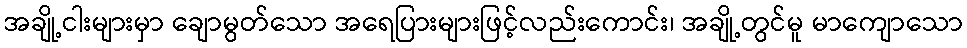
အချို့ငါးများမှာ ချောမွတ်သော အရေပြားများဖြင့်လည်းကောင်း၊ အချို့တွင်မူ မာကျောသော